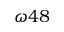
\omega 4 8